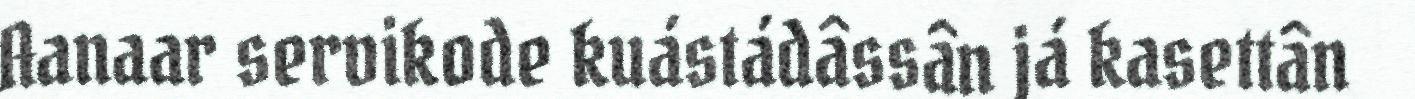
Aanaar servikode kuástádâssân já kasettân